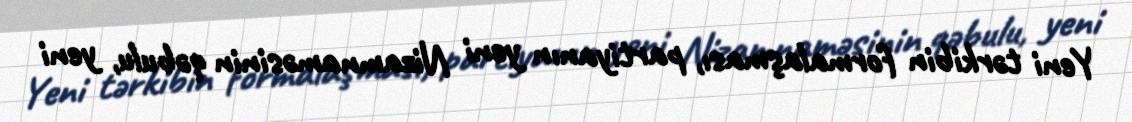
Yeni tərkibin formalaşması, partiyanın yeni Nizamnaməsinin qəbulu, yeni